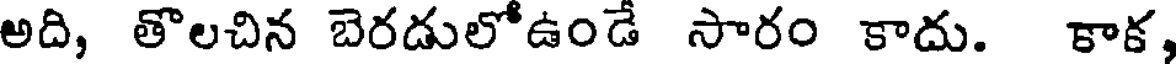
అది, తొలచిన బెరడులోఉండే సారం కాదు. కాక,